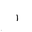
Letter: _alif